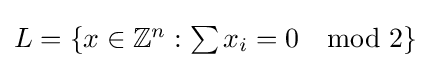
{\textstyle L=\{x\in \mathbb {Z} ^{n}:\sum x_{i}=0\mod 2\}}